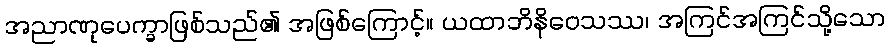
အညာဏုပေက္ခာဖြစ်သည်၏ အဖြစ်ကြောင့်။ ယထာဘိနိဝေသဿ၊ အကြင်အကြင်သို့သော